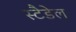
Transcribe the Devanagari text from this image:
स्टैडेल